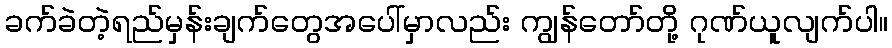
ခက်ခဲတဲ့ရည်မှန်းချက်တွေအပေါ်မှာလည်း ကျွန်တော်တို့ ဂုဏ်ယူလျက်ပါ။